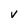
Character: V